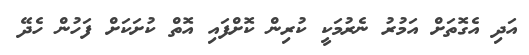
އަދި އެގޮތަށް އަމުރު ނެރުމަކީ ކުރިން ކޮށްފައި އޮތް ކުށަކަށް ފަހުން ހެދޭ